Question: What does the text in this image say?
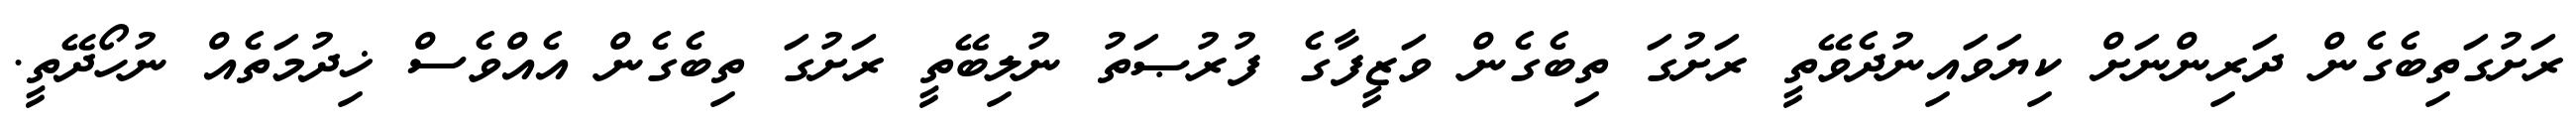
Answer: ރަށުގަތިބެގެން ދަރިންނަށް ކިޔަވައިނުދެވޭތީ ރަށުގަ ތިބެގެން ވަޒީފާގެ ފުރުޞަތު ނުލިބޭތީ ރަށުގަ ތިބެގެން އެއްވެސް ޚިދުމަތެއް ނުހޯދޭތީ.